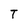
Character: T